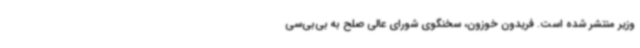
وزیر منتشر شده است. فریدون خوزون، سخنگوی شورای عالی صلح به بی‌بی‌سی